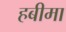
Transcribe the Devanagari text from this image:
हबीमा